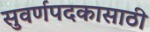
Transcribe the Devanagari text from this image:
सुवर्णपदकासाठी